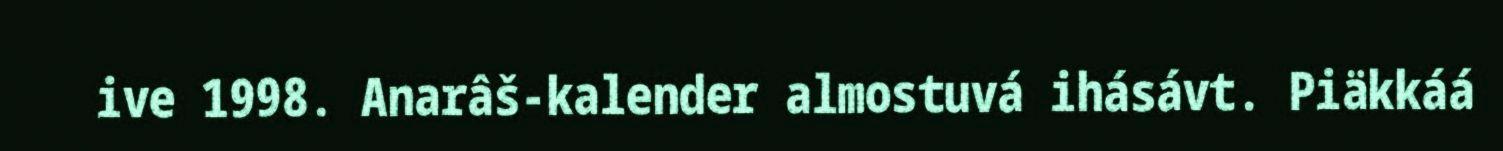
ive 1998. Anarâš-kalender almostuvá ihásávt. Piäkkáá